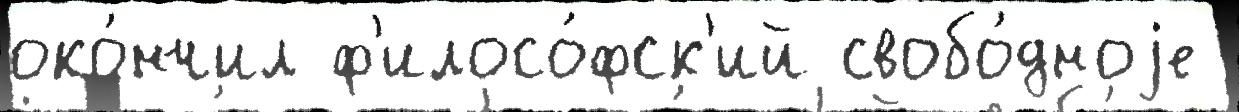
око́нчил ф'илосо́фск'ий свобо́дноjе